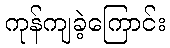
ကုန်ကျခဲ့ကြောင်း